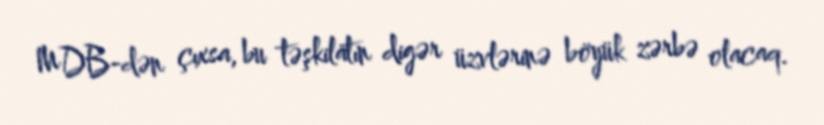
MDB-dən çıxsa, bu təşkilatın digər üzvlərinə böyük zərbə olacaq.